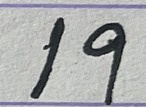
19